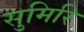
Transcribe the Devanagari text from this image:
सुमिरि